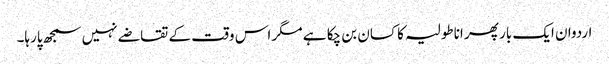
اردوان ایک بار پھر اناطولیہ کا کسان بن چکا ہے مگر اس وقت کے تقاضے نہیں سمجھ پارہا۔